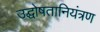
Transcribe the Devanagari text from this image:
उद्घोषतानियंत्रण